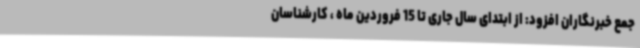
جمع خبرنگاران افزود: از ابتدای سال جاری تا 15 فروردین ماه ، کارشناسان